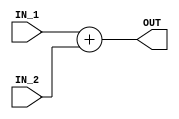
module Adder #(parameter ADDER_WIDTH = 32)
(
input  [ADDER_WIDTH - 1 : 0] IN_1 , IN_2 ,
output [ADDER_WIDTH - 1 : 0] OUT  
);
assign OUT = IN_1 + IN_2 ;

endmodule